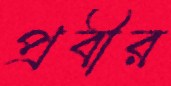
প্রবীর